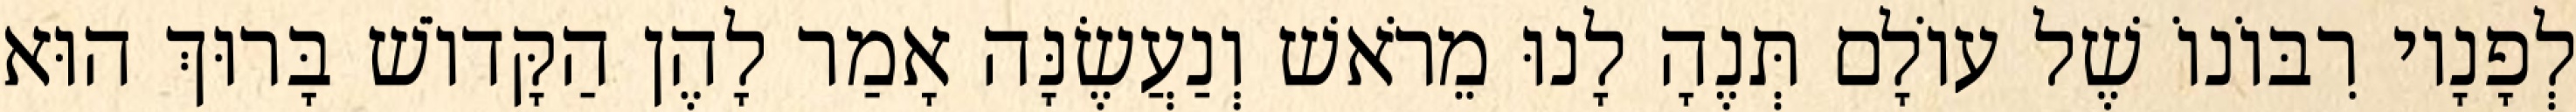
לְפָנָיו רִבּוֹנוֹ שֶׁל עוֹלָם תְּנֶהָ לָנוּ מֵרֹאשׁ וְנַעֲשֶׂנָּה אָמַר לָהֶן הַקָּדוֹשׁ בָּרוּךְ הוּא